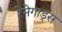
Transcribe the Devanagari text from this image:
रेनेगाड्स